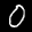
Label: 0